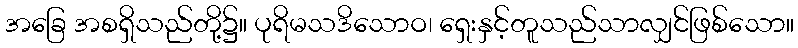
အခြေ အစရှိသည်တို့၌။ ပုရိမသဒိသောဝ၊ ရှေးနှင့်တူသည်သာလျှင်ဖြစ်သော။